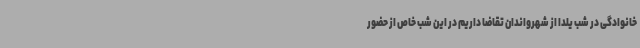
خانوادگی در شب یلدا از شهرواندان تقاضا داریم در این شب خاص از حضور